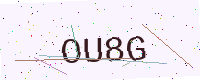
Text: OU8G